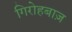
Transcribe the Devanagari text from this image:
गिरोहबाज़